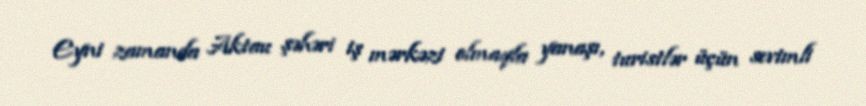
Eyni zamanda Aktau şəhəri iş mərkəzi olmaqla yanaşı, turistlər üçün sevimli